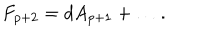
F _ { p + 2 } = d A _ { p + 1 } + \ldots .